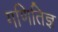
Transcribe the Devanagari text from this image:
गणितिज्ञ